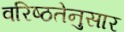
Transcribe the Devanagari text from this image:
वरिष्ठतेनुसार